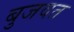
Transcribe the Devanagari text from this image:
बुजवत